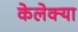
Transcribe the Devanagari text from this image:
केलेक्या